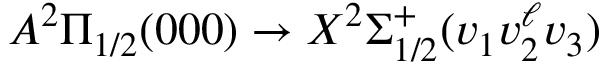
A ^ { 2 } \Pi _ { 1 / 2 } ( 0 0 0 ) \rightarrow X ^ { 2 } \Sigma _ { 1 / 2 } ^ { + } ( v _ { 1 } v _ { 2 } ^ { \ell } v _ { 3 } )